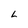
Character: L